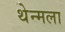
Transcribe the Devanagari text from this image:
थेन्मला